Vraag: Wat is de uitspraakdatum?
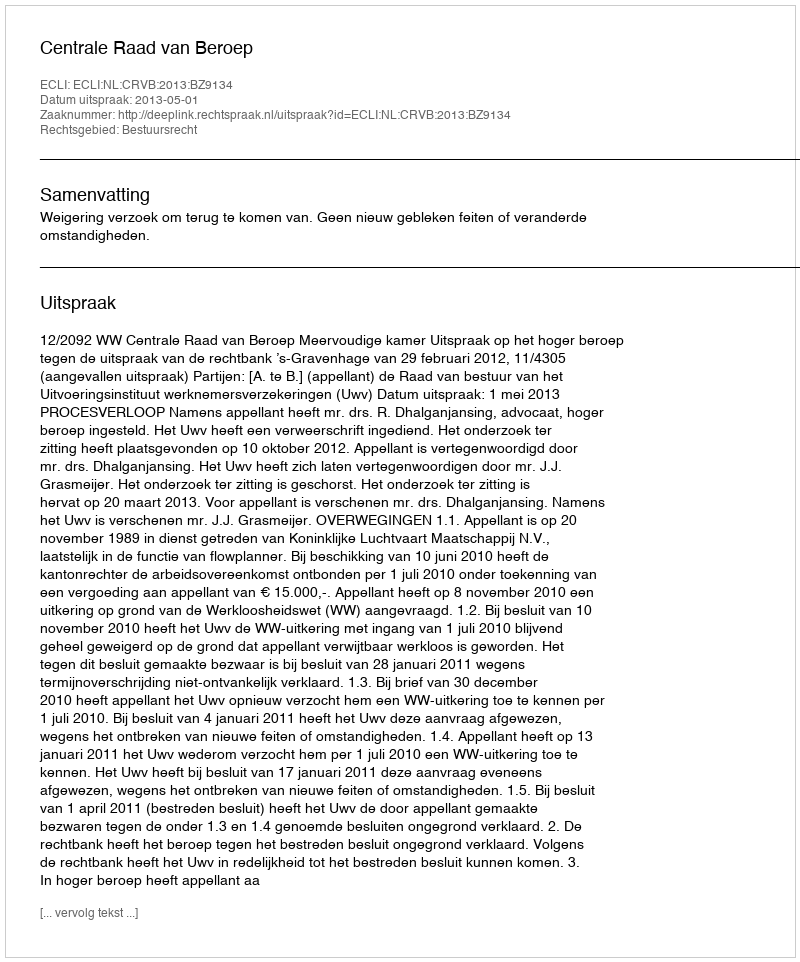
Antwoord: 2013-05-01